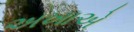
અખાએ